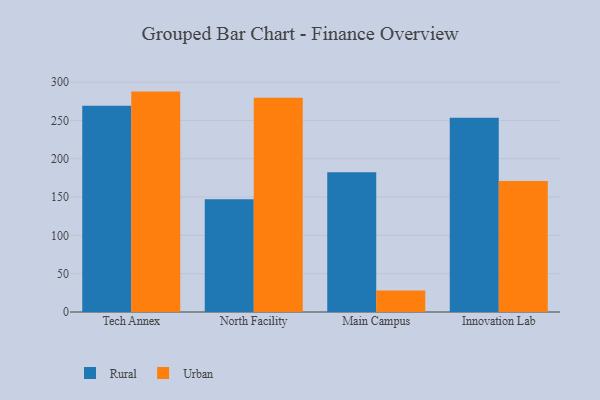
{"axis": {"x": "Campus", "y": "Waste Production (Tons)"}, "legend": ["Rural", "Urban"], "data": [{"x": "Tech Annex", "y": 269.1, "type": "Rural"}, {"x": "Tech Annex", "y": 287.6, "type": "Urban"}, {"x": "North Facility", "y": 147.0, "type": "Rural"}, {"x": "North Facility", "y": 279.7, "type": "Urban"}, {"x": "Main Campus", "y": 182.5, "type": "Rural"}, {"x": "Main Campus", "y": 28.2, "type": "Urban"}, {"x": "Innovation Lab", "y": 253.6, "type": "Rural"}, {"x": "Innovation Lab", "y": 171.1, "type": "Urban"}]}